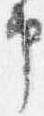
申